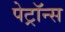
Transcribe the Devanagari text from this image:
पेट्रॉन्स